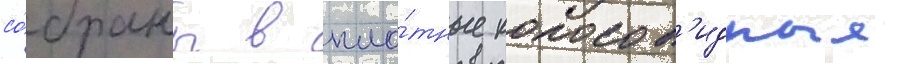
со́браны в пло́тные колосов'идные